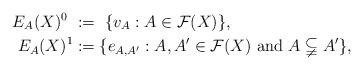
LaTeX: \begin{align*}E_{A}(X)^0 \ &:= \ \{v_A : A \in \mathcal{F}(X)\}, \\E_{A}(X)^1 &:= \{e_{A,A'} : A,A'\in \mathcal{F}(X) \ \mbox{and} \ A\subsetneqq A'\},\end{align*}